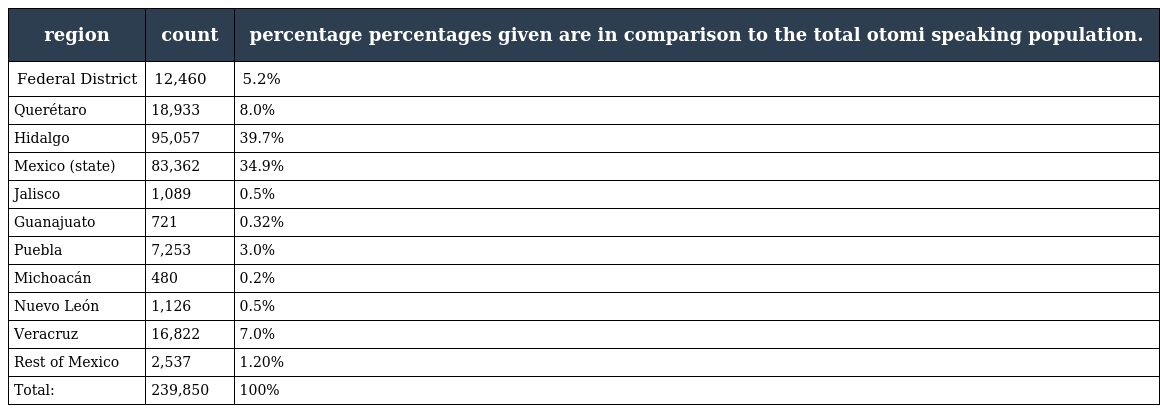
| region | count | percentage percentages given are in comparison to the total otomi speaking population. |
 | --- | --- | --- |
 | Federal District | 12,460 | 5.2% |
 | Querétaro | 18,933 | 8.0% |
 | Hidalgo | 95,057 | 39.7% |
 | Mexico (state) | 83,362 | 34.9% |
 | Jalisco | 1,089 | 0.5% |
 | Guanajuato | 721 | 0.32% |
 | Puebla | 7,253 | 3.0% |
 | Michoacán | 480 | 0.2% |
 | Nuevo León | 1,126 | 0.5% |
 | Veracruz | 16,822 | 7.0% |
 | Rest of Mexico | 2,537 | 1.20% |
 | Total: | 239,850 | 100% |